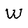
Character: W